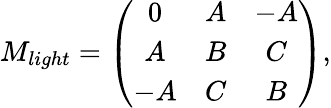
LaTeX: M_{light}=\left(\begin{array}{ccc}{{0}}&{{A}}&{{-A}}\\ {{A}}&{{B}}&{{C}}\\ {{-A}}&{{C}}&{{B}}\end{array}\right),